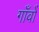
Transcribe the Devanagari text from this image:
गाँवोँ